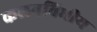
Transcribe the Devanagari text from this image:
कलनविधीय